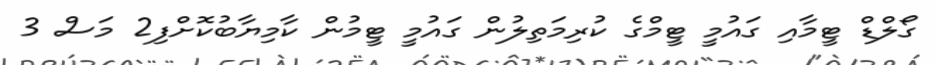
ގޯލްޑް ޓީމާއި ގައުމީ ޓީމްގެ ކުރިމަތިލުން ގައުމީ ޓީމުން ކާމިޔާބުކޮށްފި2 މަސް 3